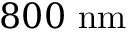
8 0 0 \ \mathrm { n m }